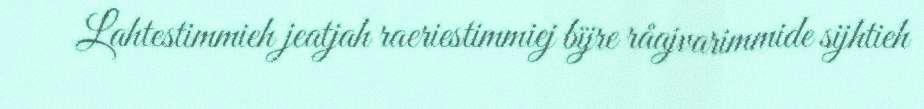
Lahtestimmieh jeatjah raeriestimmiej bïjre råajvarimmide sijhtieh